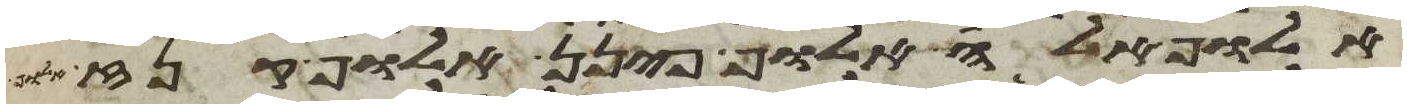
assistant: אלוף אלה אלוף פינן אלוף קנז